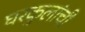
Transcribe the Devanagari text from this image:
घरकुलांची